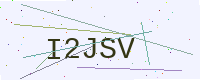
Text: I2JSV